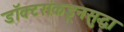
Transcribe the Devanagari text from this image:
डॉक्टरांकडूनसुद्धा